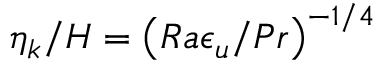
\eta _ { k } / H = \left( R a \epsilon _ { u } / P r \right) ^ { - 1 / 4 }